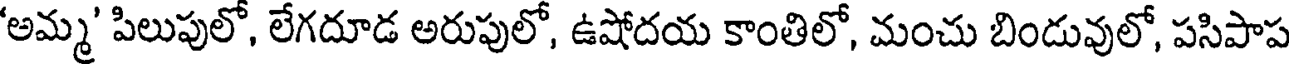
'అమ్మ' పిలుపులో, లేగదూడ అరుపులో, ఉషోదయ కాంతిలో, మంచు బిండువులో, పసిపాప